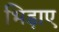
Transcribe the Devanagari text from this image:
भिड़ाए